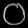
Digit: ၀